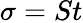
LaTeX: \sigma=St